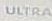
ULTRA